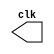
// ---------------------------------- 
// Exemplo0042 - Clock
// Nome: Alvaro Henrique de Araujo Rungue 
// ---------------------------------- 


// --------------------------- 
// -- test clock generator (2) 
// --------------------------- 

module clock ( clk ); 

output clk; 
reg clk; 
initial 

begin 
clk = 1'b0; 

end 
always 
begin 
#12 clk = ~clk; 
end 
endmodule //-- Fim clock

module pulse ( signal, clock ); 

input clock; 
output signal; 
reg signal; 

always @ ( clock ) 
begin 
signal = 1'b1; 

#3 signal = 1'b0; 
#3 signal = 1'b1; 
#3 signal = 1'b0; 

end 
endmodule //-- pulse 

module trigger ( signal, on, clock ); 

input on, clock; 
output signal; 
reg signal; 

always @ ( posedge clock & on ) 
begin 

#60 signal = 1'b1; 
#60 signal = 1'b0; 

end 
endmodule //-- trigger 

module Exemplo0042; 

wire clock; 
clock clk ( clock ); 
reg p; 
wire p1,t1; 

pulse pulse1 ( p1, clock ); 
trigger trigger1 ( t1, p, clock ); 

initial begin 
p = 1'b0; 
end 

initial begin 
$display("Exemplo0042 - Alvaro Henrique de Araujo Rungue - 395487");
$dumpfile ( "Exemplo0042.vcd" ); 
$dumpvars ( 1, clock, p1, p, t1 ); 

#060 p = 1'b1; 
#120 p = 1'b0; 
#180 p = 1'b1; 
#240 p = 1'b0; 
#300 p = 1'b1; 
#360 p = 1'b0; 
#376 $finish; 

end 
endmodule //-- Exemplo0042